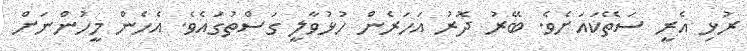
ރުޅި އެރީ ސަތޭކައަށެވެ. ބޭރު ދޮރު އަހަރެން ހުޅުވާލީ ގަސްތުގައެވެ. އެހެން މީހުންނަށް